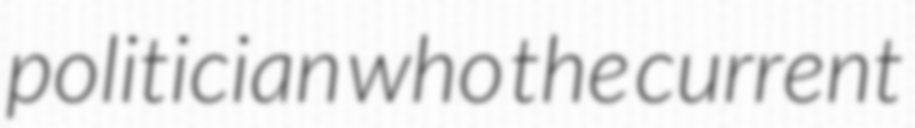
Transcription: politician who the current